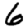
Digit: 6